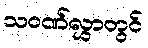
သဝဏ်လွှာတွင်